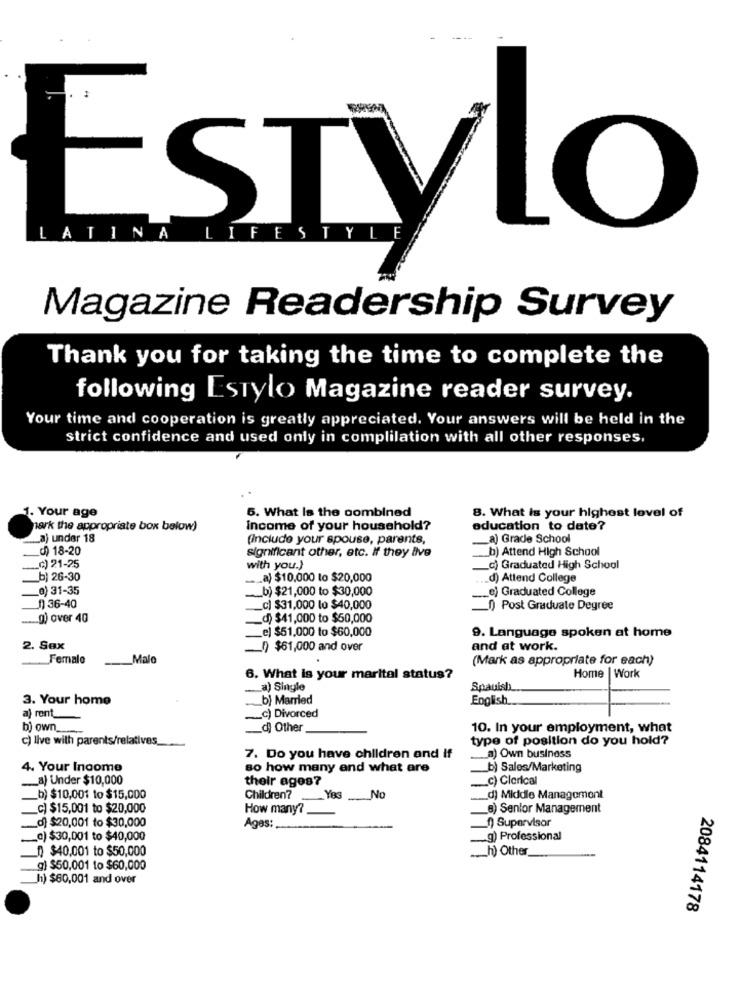
ESTVLO
LATINA LIFESTYLE
Magazine Readership Survey
Thank you for taking the time to complete the
following Estylo Magazine reader survey.
Your time and cooperation is greatly appreciated. Your answers will be held in the
strict confidence and used only in complilation with all other responses,
6. What Is the combined
8. What is your highest level of
1. Your age
ark the appropriate box below)
income of your household?
education to date?
__ a) under 18
(Include your spouse, parents,
a) Grade School
d) 18-20
significant other, etc. If they live
b) Attend High School
___ c) 21-25
with you.)
_c) Graduated High School
b) 26-30
._ a) $10,000 to $20,000
d) Attend College
_0) 31-35
b) $21,000 to $30,000
e) Graduated College
1)36-40
_c) $31,000 lo $40,000
1) Post Graduate Degree
.. g) over 40
d) $41,000 to $50,000
e) $51,000 to $60,000
9. Language spoken at home
2. Sex
1) $61,000 and over
and at work.
Female
Malo
(Mark as appropriate for each)
Home | Work
6. What is your marital status?
_a) Single
Spauish
3. Your home
b) Married
English
a) rent_
_c) Divorced
bj own_
d) Other
10. In your employment, what
c) live with parents/relatives _...
type of position do you hold?
7. Do you have children and if
a) Own business
4. Your Income
so how many and what are
b) Sales/Marketing
._ a) Under $10,000
their ages?
c) Clerical
b) $10,001 to $15,000
Children?
?_ _ Yes No
d) Middle Management
c) $15,001 to $20,000
How many ?_
8) Senior Management
_d} $20,001 to $30,000
Ages:
__ ) Supervisor
_c) $30,001 to $40,000
g) Professional
0 $40,001 to $50,000
.h) Other
g) $50,001 to $60,000
h) $60,001 and over
2084114178